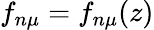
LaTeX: f_{n\mu}=f_{n\mu}(z)